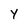
Character: Y